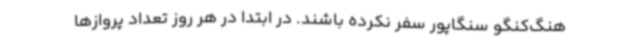
هنگ‌کنگو سنگاپور سفر نکرده باشند. در ابتدا در هر روز تعداد پروازها